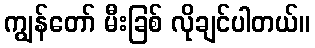
ကျွန်တော် မီးခြစ် လိုချင်ပါတယ်။